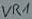
Text: VR1